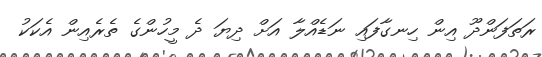
ރަތަފަންދޫ އިން ހިނގާފައި ނަޑެއްލާ އަށް ދިޔަ ދެ މީހުންގެ ތެރެއިން އެކަކު